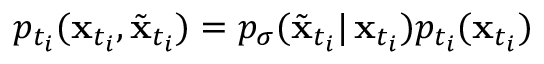
p _ { t _ { i } } ( \mathbf { x } _ { t _ { i } } , \tilde { \mathbf { x } } _ { t _ { i } } ) = p _ { \sigma } ( \tilde { \mathbf { x } } _ { t _ { i } } | \, \mathbf { x } _ { t _ { i } } ) p _ { t _ { i } } ( \mathbf { x } _ { t _ { i } } )